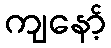
ကျနော့်